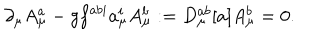
\partial _ { \mu } A _ { \mu } ^ { a } - g f ^ { a b i } a _ { \mu } ^ { i } A _ { \mu } ^ { b } : = D _ { \mu } ^ { a b } [ a ] A _ { \mu } ^ { b } = 0 .